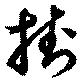
掛